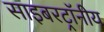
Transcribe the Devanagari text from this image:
साइबरट्राॅनीय